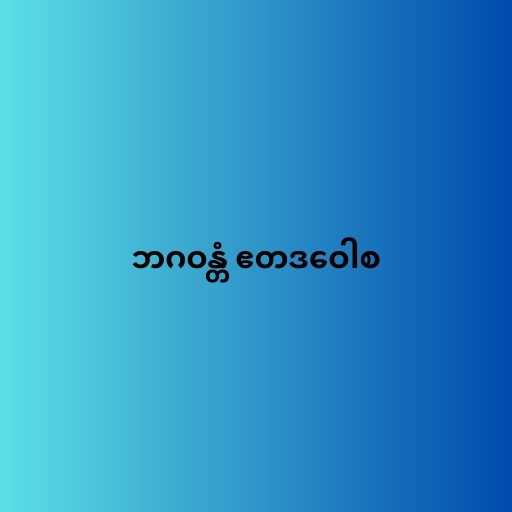
ဘဂဝန္တံ ဧတဒဝေါစ